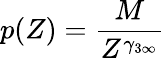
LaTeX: p(Z)=\frac{M}{Z^{\gamma_{3\infty}}}